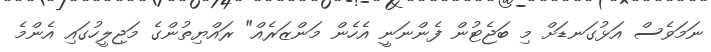
ނަމަވެސް އަޅުގަނޑަށް މި ބަޖެޓުން ފެންނަނީ އެހެން މަންޒަރެއް" ރައްޔިތުންގެ މަޖިލީހުގައި އެންމެ